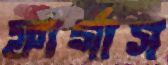
ফার্গাস